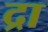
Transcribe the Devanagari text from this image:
द्रा